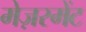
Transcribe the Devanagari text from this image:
मेज़रमेंट